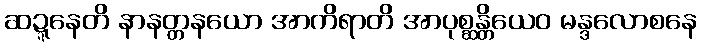
ဆဍ္ဍနေတိ နာနတ္တနယော အာကိရာတိ အာပုစ္ဆန္တိယေဝ မန္ဒလောစနေ